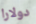
دولارا